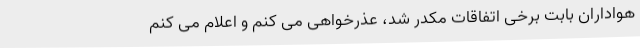
هواداران بابت برخی اتفاقات مکدر شد، عذرخواهی می کنم و اعلام می کنم